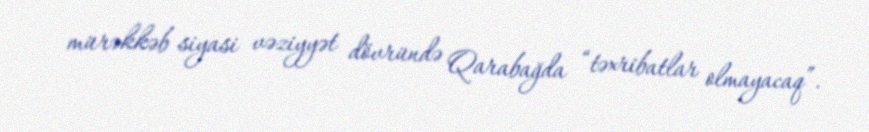
mürəkkəb siyasi vəziyyət dövründə Qarabağda “təxribatlar olmayacaq”.